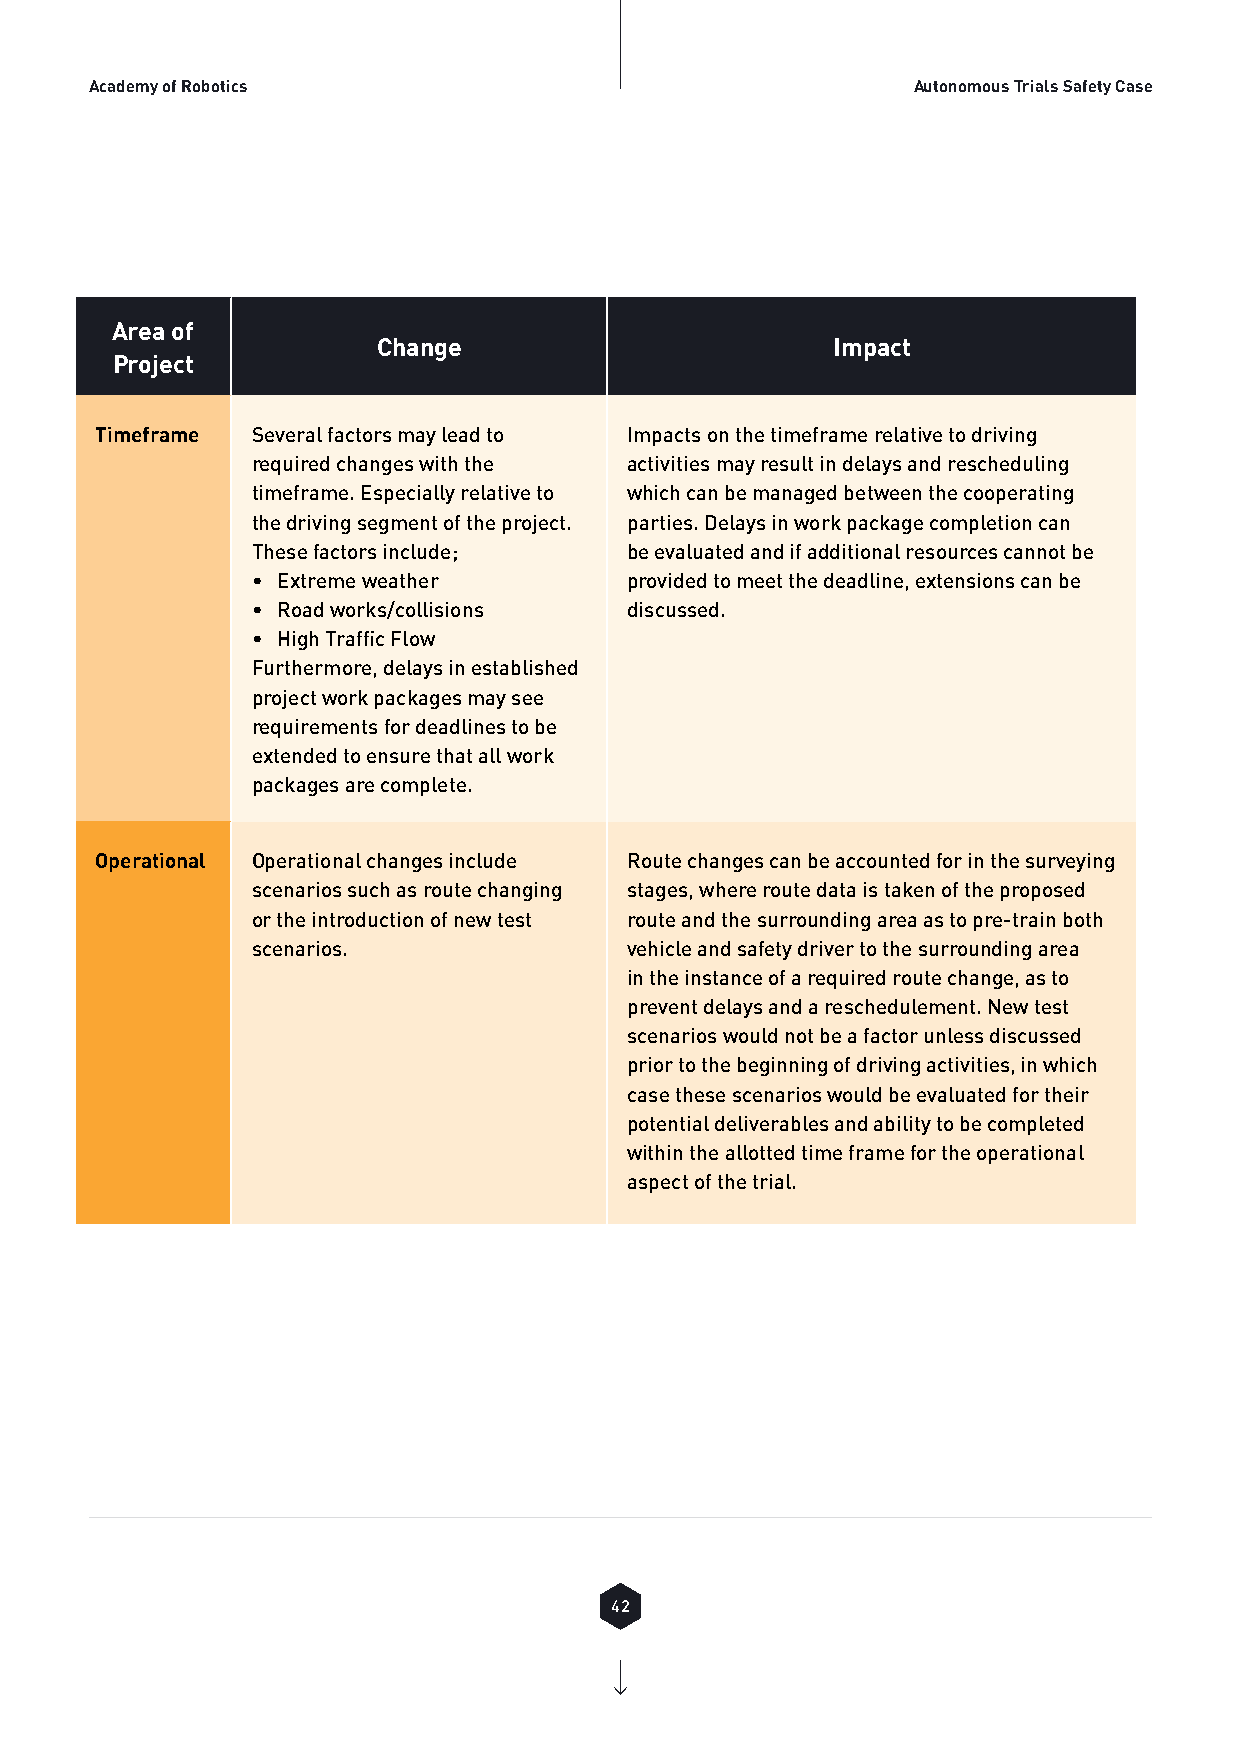
Academy of Robotics                                   Autonomous Trials Safety Case
 Area of
 Change                        Impact
 Project
 Timeframe  Several factors may lead to Impacts on the timeframe relative to driving
 required changes with the activities may result in delays and rescheduling
 timeframe. Especially relative to which can be managed between the cooperating
 the driving segment of the project. parties. Delays in work package completion can
 These factors include;  be evaluated and if additional resources cannot be
 • Extreme weather       provided to meet the deadline, extensions can be
 • Road works/collisions discussed.
 • High Traffic Flow
 Furthermore, delays in established
 project work packages may see
 requirements for deadlines to be
 extended to ensure that all work
 packages are complete.
 Operational Operational changes include Route changes can be accounted for in the surveying
 scenarios such as route changing stages, where route data is taken of the proposed
 or the introduction of new test route and the surrounding area as to pre-train both
 scenarios.              vehicle and safety driver to the surrounding area
 in the instance of a required route change, as to
 prevent delays and a reschedulement. New test
 scenarios would not be a factor unless discussed
 prior to the beginning of driving activities, in which
 case these scenarios would be evaluated for their
 potential deliverables and ability to be completed
 within the allotted time frame for the operational
 aspect of the trial.
 42